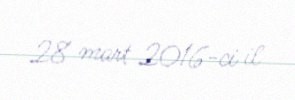
28 mart 2016-ci il